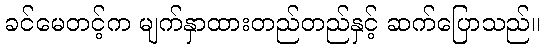
ခင်မေတင့်က မျက်နှာထားတည်တည်နှင့် ဆက်ပြောသည်။